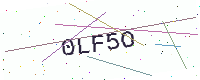
Text: 0LF5O